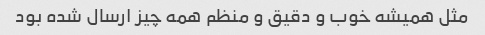
مثل همیشه خوب و دقیق و منظم همه چیز ارسال شده بود